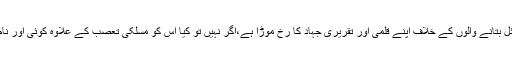
اور کیا نا حق مسائل بتانے والوں کے خلاف اپنے قلمی اور تقریری جہاد کا رخ موڑا ہے،اگر نہیں تو کیا اس کو مسلکی تعصب کے علاوہ کوئی اور نام دیا جا سکتا ہے ؟